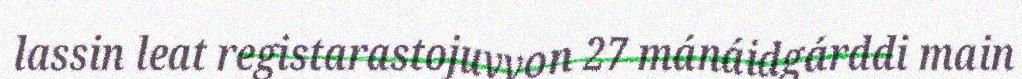
lassin leat registarastojuvvon 27 mánáidgárddi main